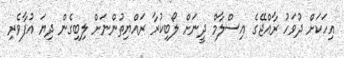
އިހަކަށް ދުވަހު ރާއްޖޭގެ އިސްލާމް ދީނަށް ލޯބިކުރާ ރައްޔިތުންނަށް ލިބިގެން ދިޔަ އުފާވެރި